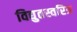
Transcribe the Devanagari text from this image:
विद्युतस्वरित्र